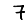
Digit: 7